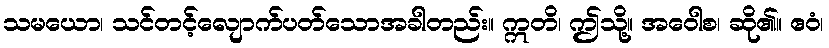
သမယော၊ သင်တင့်လျောက်ပတ်သောအခါတည်း။ ဣတိ၊ ဤသို့။ အဝေါစ၊ ဆို၏။ ဧဝံ၊